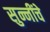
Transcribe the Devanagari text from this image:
सुन्नींचे